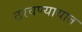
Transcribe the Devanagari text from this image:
ठरवण्यायात